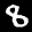
Label: 8